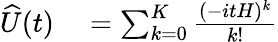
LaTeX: \begin{array}{rl}{\widehat{U}(t)}&{{}=\sum_{k=0}^{K}\frac{(-itH)^{k}}{k!}}\end{array}